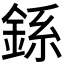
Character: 𫒠